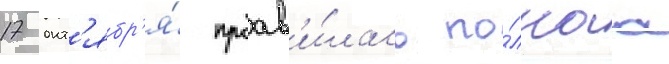
17 окт'ябр'я́ проав'и́лась по́лнаа